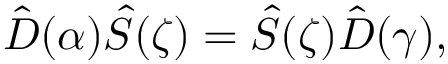
\begin{array} { r } { \hat { D } ( \alpha ) \hat { S } ( \zeta ) = \hat { S } ( \zeta ) \hat { D } ( \gamma ) , } \end{array}